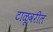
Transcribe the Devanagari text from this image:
टाळूवरील